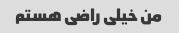
من خیلی راضی هستم